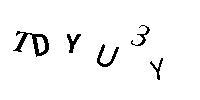
TDYU3Y